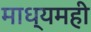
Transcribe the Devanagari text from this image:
माध्यमही